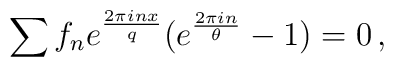
\sum  f_n e^{\frac{2 \pi i nx}{q}}  ( e^{\frac{2 \pi i n}{\theta}} -1) = 0 \, ,